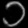
Digit: ၁